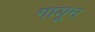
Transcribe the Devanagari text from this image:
गायूम